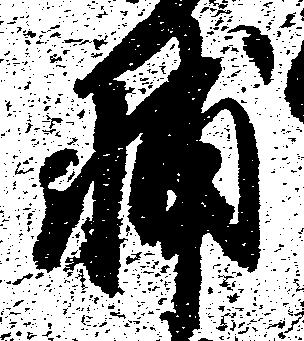
輔